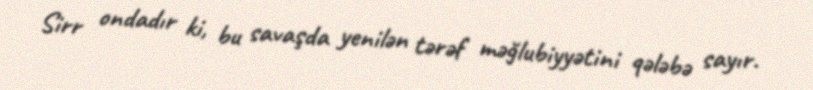
Sirr ondadır ki, bu savaşda yenilən tərəf məğlubiyyətini qələbə sayır.